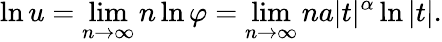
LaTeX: \ln u=\operatorname*{lim}_{n\to\infty}n\ln\varphi=\operatorname*{lim}_{n\to\infty}na|t|^{\alpha}\ln|t|.